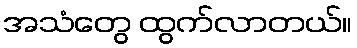
အသံတွေ ထွက်လာတယ်။